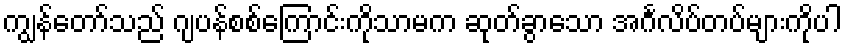
ကျွန်တော်သည် ဂျပန်စစ်ကြောင်းကိုသာမက ဆုတ်ခွာသော အင်္ဂလိပ်တပ်များကိုပါ